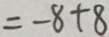
= - 8 + 8